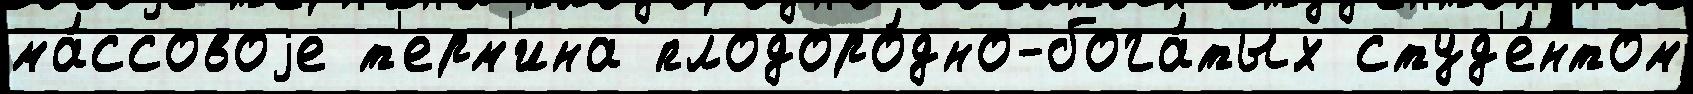
ма́ссовоjе т'ерм'ина плодоро́дно-бога́тых студ'е́нтом